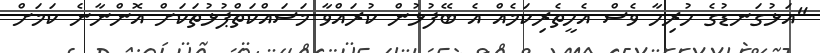
"އަޅުގަނޑުގެ ހުރިހާ ވެސް އެހީތެރިކަމެއް އެ ބޭފުޅުން ކުރައްވާ މަސައްކަތްޕުޅުތަކަށް އޮންނާނެ ކަމަށް